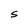
Character: S